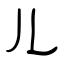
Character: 儿